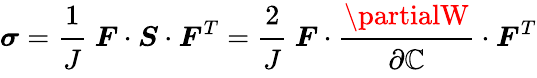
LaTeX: {\boldsymbol{\sigma}}={\cfrac{1}{J}}~{\boldsymbol{F}}\cdot{\boldsymbol{S}}\cdot{\boldsymbol{F}}^{T}={\cfrac{2}{J}}~{\boldsymbol{F}}\cdot{\cfrac{\partialW}{\partial{\boldsymbol{\mathbb{C}}}}}\cdot{\boldsymbol{F}}^{T}